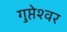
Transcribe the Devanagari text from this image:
गुप्तेश्‍वर